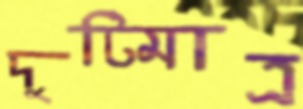
দুটিমাত্র